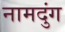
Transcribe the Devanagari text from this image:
नामदुंग